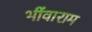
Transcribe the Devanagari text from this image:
भींवाराम